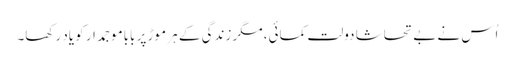
اُس نے بے تحاشا دولت کمائی، مگر زندگی کے ہر موڑ پر باباموجمدار کو یاد رکھا۔